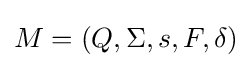
M=(Q,\Sigma ,s,F,\delta )